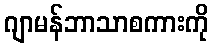
ဂျာမန်ဘာသာစကားကို